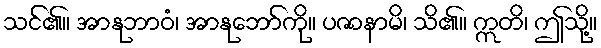
သင်၏။ အာနုဘာဝံ၊ အာနုဘော်ကို။ ပဇာနာမိ၊ သိ၏။ ဣတိ၊ ဤသို့။